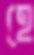
হে